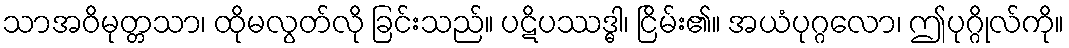
သာအဝိမုတ္တသာ၊ ထိုမလွတ်လို ခြင်းသည်။ ပဋိပဿဒ္ဓါ၊ ငြိမ်း၏။ အယံပုဂ္ဂလော၊ ဤပုဂ္ဂိုလ်ကို။